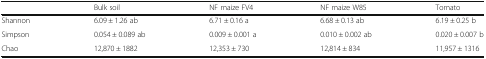
<table><thead><tr><td></td><td><b>Bulk soil</b></td><td><b>NF maize FV4</b></td><td><b>NF maize W85</b></td><td><b>Tomato</b></td></tr></thead><tbody><tr><td>Shannon</td><td>6.09 ± 1.26 ab</td><td>6.71 ± 0.16 a</td><td>6.68 ± 0.13 ab</td><td>6.19 ± 0.25 b</td></tr><tr><td>Simpson</td><td>0.054 ± 0.089 ab</td><td>0.009 ± 0.001 a</td><td>0.010 ± 0.002 ab</td><td>0.020 ± 0.007 b</td></tr><tr><td>Chao</td><td>12,870 ± 1882</td><td>12,353 ± 730</td><td>12,814 ± 834</td><td>11,957 ± 1316</td></tr></tbody></table>